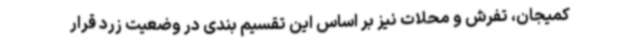
کمیجان، تفرش و محلات نیز بر اساس این تقسیم بندی در وضعیت زرد قرار